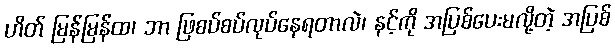
ဟိတ် မြန်မြန်ထ၊ ဘာ ဖြစပ်စပ်လုပ်နေရတာလဲ၊ နင့်ကို အပြစ်ပေးမလို့တဲ့ အပြစ်